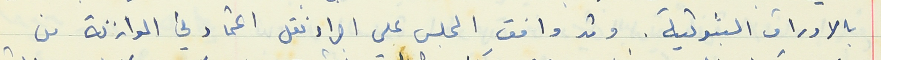
بالاوراق الثبوتية. وقد وافقِ المجلس على اجراء نقل اعتماد في الموازنة من